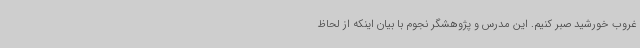
غروب خورشید صبر کنیم. این مدرس و پژوهشگر نجوم با بیان اینکه از لحاظ